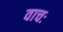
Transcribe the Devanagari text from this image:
वाचः